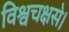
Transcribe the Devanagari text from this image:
विश्वचक्षसे।